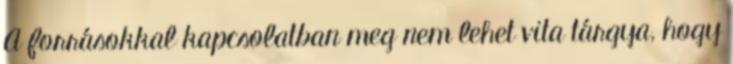
A forrásokkal kapcsolatban meg nem lehet vita tárgya, hogy